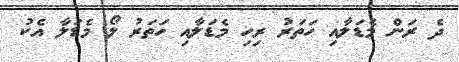
ދެ ރަން މެޑަލާއި ހަތަރު ރިހި މެޑަލާއި ހަތަރު ލޯ މެޑަލާ އެކު